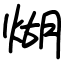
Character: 煳